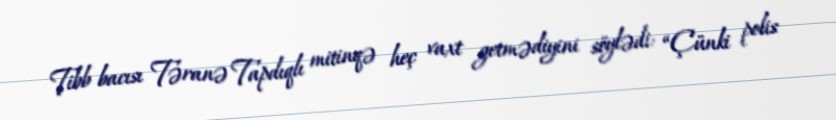
Tibb bacısı Təranə Tapdıqlı mitinqə heç vaxt getmədiyini söylədi: “Çünki polis